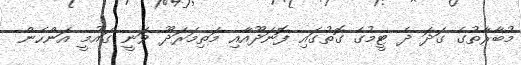
މުބާރާތުގެ ގަދަ ދެ ޓީމުގެ ގޮތުގައި ފޮނަދޫއާއި މަތިމަރަދޫ ވަނީ ގައުމީ އަންހެން